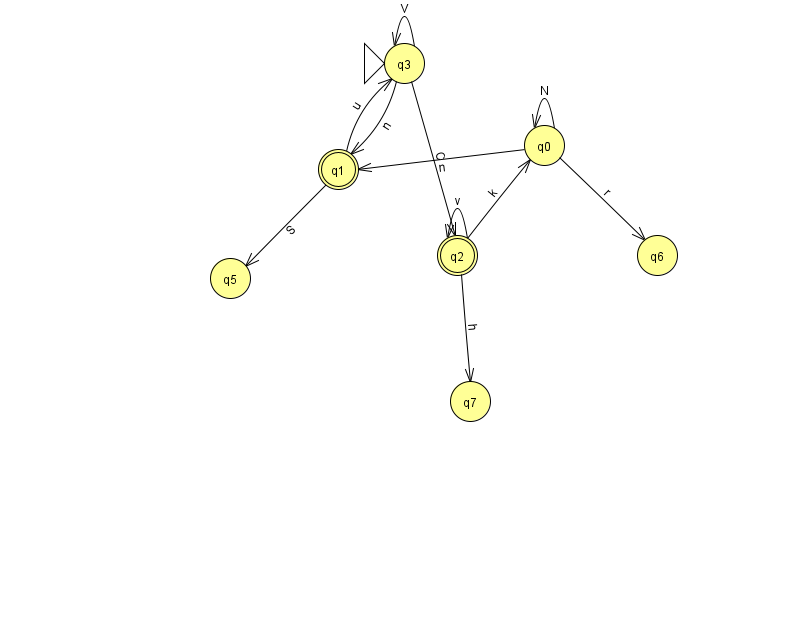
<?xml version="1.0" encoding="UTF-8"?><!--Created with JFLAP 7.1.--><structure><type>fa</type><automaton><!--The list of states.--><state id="0" name="q0"><x>544.0</x><y>132.0</y></state><state id="1" name="q1"><x>338.0</x><y>156.0</y><final/></state><state id="2" name="q2"><x>457.0</x><y>242.0</y><final/></state><state id="3" name="q3"><x>404.0</x><y>50.0</y><initial/></state><state id="5" name="q5"><x>230.0</x><y>265.0</y></state><state id="6" name="q6"><x>657.0</x><y>242.0</y></state><state id="7" name="q7"><x>470.0</x><y>388.0</y></state><!--The list of transitions.--><transition><from>3</from><to>2</to><read>C</read></transition><transition><from>1</from><to>3</to><read>u</read></transition><transition><from>2</from><to>2</to><read>v</read></transition><transition><from>3</from><to>3</to><read>V</read></transition><transition><from>2</from><to>0</to><read>k</read></transition><transition><from>2</from><to>7</to><read>h</read></transition><transition><from>0</from><to>1</to><read>n</read></transition><transition><from>3</from><to>1</to><read>n</read></transition><transition><from>1</from><to>5</to><read>S</read></transition><transition><from>0</from><to>6</to><read>r</read></transition><transition><from>0</from><to>0</to><read>N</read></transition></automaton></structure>